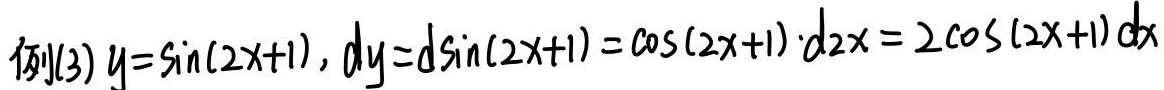
例(3) $y = \sin(2x + 1), dy = d\sin(2x + 1) = \cos(2x + 1) \cdot d2x = 2\cos(2x + 1)dx$